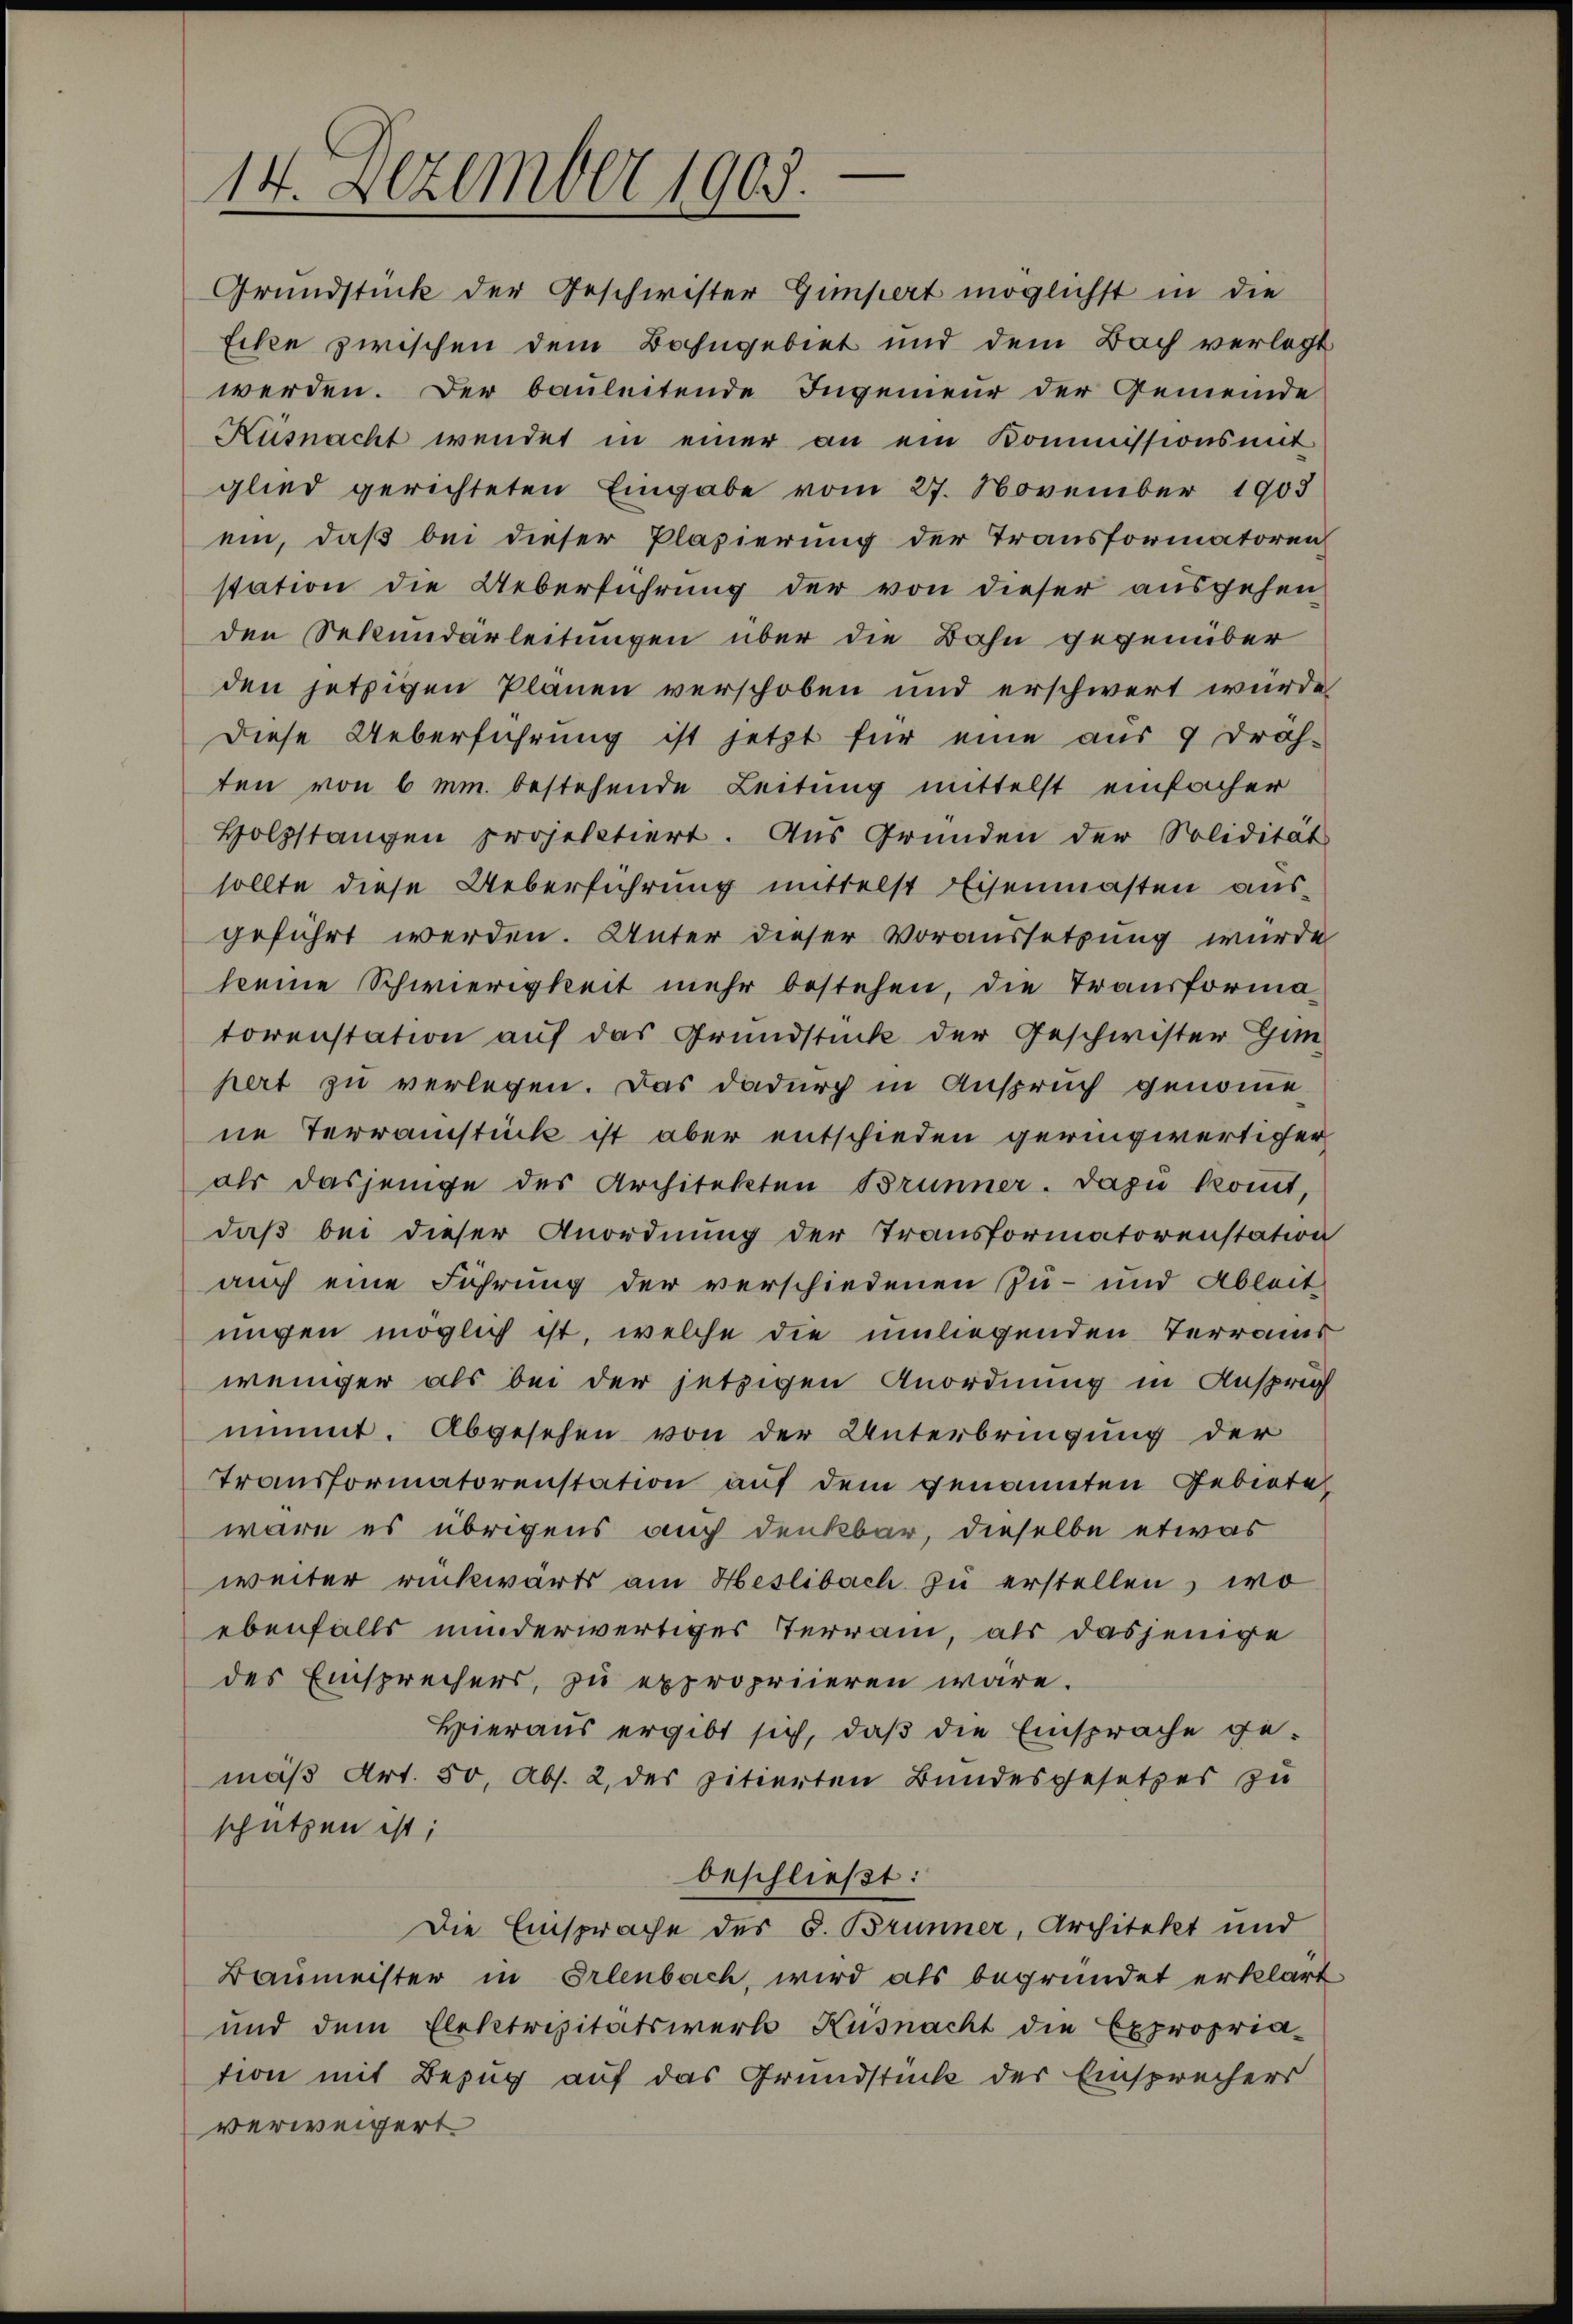
14. Dezember 1903.

glied gerichteten Eingabe vom 27. November 1903
ein, daß bei dieser Plasierung der Transformatoren
station die Ueberführung der von dieser ausgehen
den Sekundarleitungen über die Bahn gegenüber
den jetzigen Plänen verschoben und erschwert würde
Diese Ueberführung ist jetzt für eine aus 9 Dräh-
ten von 6 mm bestehende Leitung mittelst einfacher
Holzstangen projektiert. Aus Gründen der Solidität
sollte diese Ueberführung mittelst Eisenmasten ausgeführt werden. Unter dieser Voraussetzung wurde
keine Schwierigkeit mehr bestehen, die Transformatorenstation auf das Grundstück der Geschwister Him
hert zu verlegen. Das dadurch in Anspruch genommene Terrainstück ist aber entschieden geringwertiger
ols dasjenige des Architekten Brünner. Dazu kommt,
daß bei dieser Anordnung der Transformatorenstation
auch eine Führung der verschiedenen Zu- und Ableit
nigen möglich ist, welche die umliegenden Terrains
weniger als bei der jetzigen Anordnung in Anspruch
nimmt. Abgesehen von der Unterbringung der
Transformatorenstation auf dem genannten Gebiete
wäre es übrigens auch denkbar, dieselbe etwas
weiter rückwärts am Heslibach zu erstellen, wo
ebenfalls minderwertiges Terrain, als dasjenige
des Einsprechers, zu expropriieren wäre.
Hieraus ergibt sich, daß die Einsprache gemäß Art. 50, Abs. 2, des zitierten Bundesgesetzes zu
schützen ist;
beschließt:
Die Einsprache des 6. Brunner, Architekt und
Baumeister in Erlenbach, wird als begründet erklärt
und dem Elektrizitätswerk Küsnacht die Expropria-
tion mit Bezug auf das Grundstück der Einsprechers
verweigert

Grundstück der Geschwister Gimpert möglichst in die
Ecke zwischen dem Bahngebiet und dem Bach verlegt
werden. Der bauleitende Ingenieur der Gemeinde
Küsnacht wendet in einer an ein Kommissionsmit